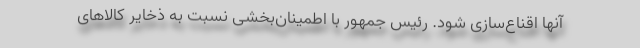
آنها اقناع‌سازی شود. رئیس جمهور با اطمینان‌بخشی نسبت به ذخایر کالاهای